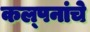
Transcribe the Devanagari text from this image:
कल्‍पनांचे